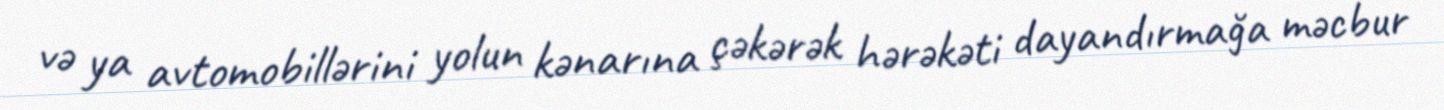
və ya avtomobillərini yolun kənarına çəkərək hərəkəti dayandırmağa məcbur